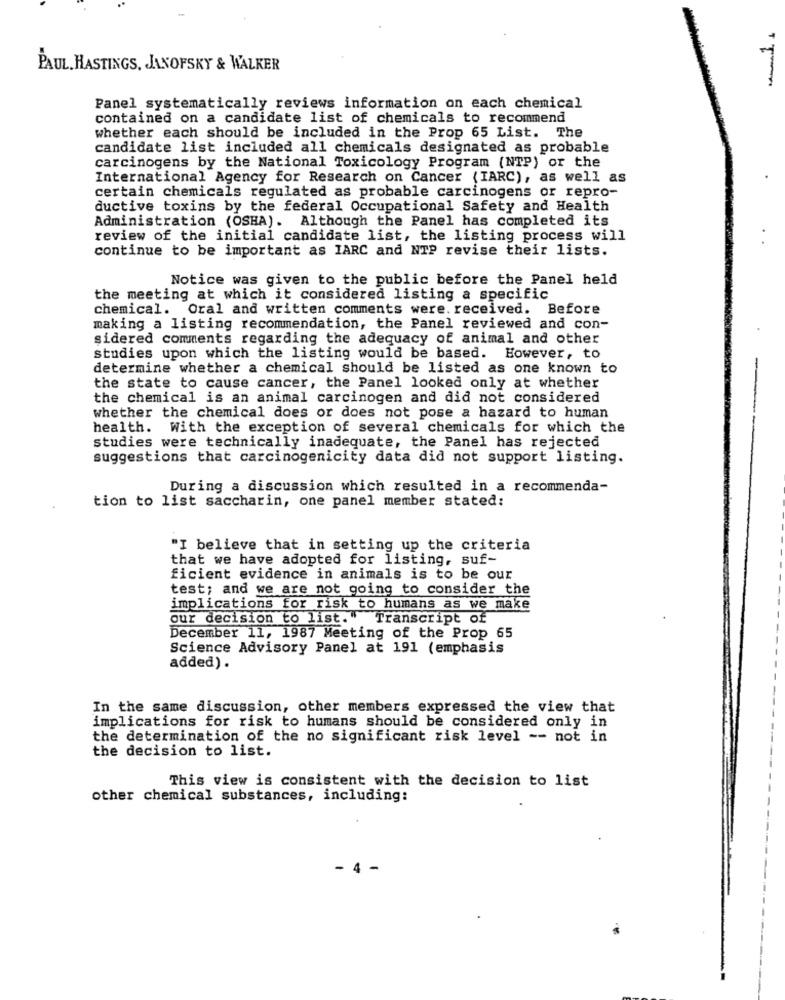
PAUL. HASTINGS, JANOFSKY & WALKER
Panel systematically reviews information on each chemical
contained on a candidate list of chemicals to recommend
whether each should be included in the Prop 65 List. The
candidate list included all chemicals designated as probable
carcinogens by the National Toxicology Program (NTP) or the
International Agency for Research on Cancer ( IARC), as well as
.
certain chemicals regulated as probable carcinogens or repro-
ductive toxins by the federal Occupational Safety and Health
Administration (OSHA). Although the Panel has completed its
review of the initial candidate list, the listing process will
continue to be important as IARC and NTP revise their lists.
Notice was given to the public before the Panel held
the meeting at which it considered listing a specific
chemical. Oral and written comments were. received. Before
making a listing recommendation, the Panel reviewed and con-
sidered comments regarding the adequacy of animal and other
studies upon which the listing would be based. However, to
determine whether a chemical should be listed as one known to
-
the state to cause cancer, the Panel looked only at whether
the chemical is an animal carcinogen and did not considered
whether the chemical does or does not pose a hazard to human
health. With the exception of several chemicals for which the
studies were technically inadequate, the Panel has rejected
suggestions that carcinogenicity data did not support listing.
During a discussion which resulted in a recommenda-
tion to list saccharin, one panel member stated:
"I believe that in setting up the criteria
that we have adopted for listing, suf-
ficient evidence in animals is to be our
test; and we are not going to consider the
implications for risk to humans as we make
our decision to list." Transcript of
December 11, 1987 Meeting of the Prop 65
Science Advisory Panel at 191 (emphasis
added).
In the same discussion, other members expressed the view that
implications for risk to humans should be considered only in
the determination of the no significant risk level -- not in
the decision to list.
This view is consistent with the decision to list
other chemical substances, including:
4